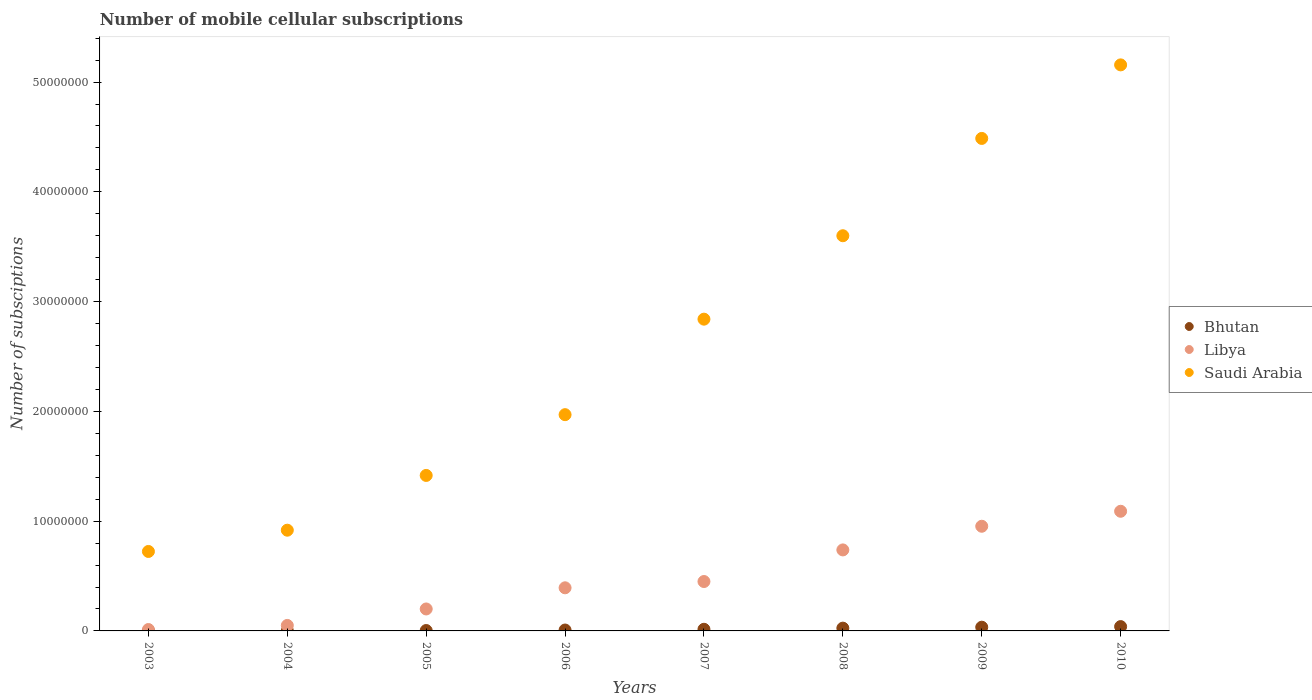
| Years | Bhutan | Libya | Saudi Arabia |
 | --- | --- | --- | --- |
 | 2003 | 2.26e+03 | 1.27e+05 | 7.24e+06 |
 | 2004 | 1.91e+04 | 5e+05 | 9.18e+06 |
 | 2005 | 3.6e+04 | 2e+06 | 1.42e+07 |
 | 2006 | 8.21e+04 | 3.93e+06 | 1.97e+07 |
 | 2007 | 1.49e+05 | 4.5e+06 | 2.84e+07 |
 | 2008 | 2.53e+05 | 7.38e+06 | 3.6e+07 |
 | 2009 | 3.39e+05 | 9.53e+06 | 4.49e+07 |
 | 2010 | 3.94e+05 | 1.09e+07 | 5.16e+07 |